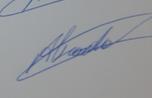
Signature authenticity: genuine